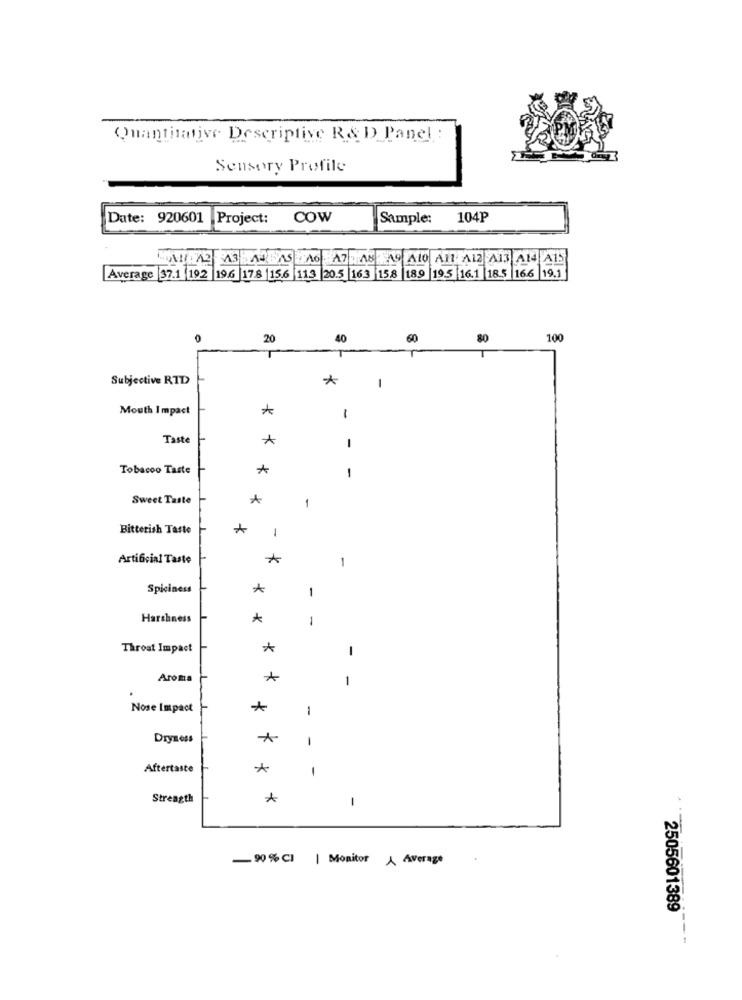
Quantitative Descriptive R& D_Panel
Sensory Profile
Date: 920601 Project:
COW
Sample:
104P
Average 37.1 192 196 178 |156 113 20.5 163 158 189 19.5 16.1 18.5 166 19.1
20
40
60
80
100
Subjective RID
-
Mouth Impact
-
Taste
A
-
Tobacco Taste
-
Sweet Taste
*
1
Bitterish Taste
1
Artificial Taste
1
Spiciness
-
Harshness
*
-
Throat Impact
*
-
Aroma
A
Nose Impact
1
Dryness
1
Aftertaste
1
Strength
1
90 % CI | Monitor À Average
2505601389